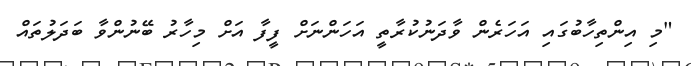
"މި އިންތިހާބުގައި އަހަރެން ވާދަނުކުރާތީ އަހަންނަށް ފީފާ އަށް މިހާރު ބޭނުންވާ ބަދަލުތައް